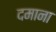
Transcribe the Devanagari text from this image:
दमाना